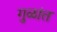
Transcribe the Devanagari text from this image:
गुळांत